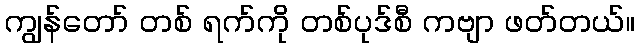
ကျွန်တော် တစ် ရက်ကို တစ်ပုဒ်စီ ကဗျာ ဖတ်တယ်။